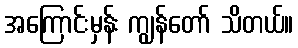
အကြောင်းမှန်း ကျွန်တော် သိတယ်။